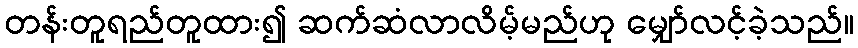
တန်းတူရည်တူထား၍ ဆက်ဆံလာလိမ့်မည်ဟု မျှော်လင့်ခဲ့သည်။